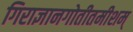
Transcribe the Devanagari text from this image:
गिराज्ञानगोतीतमीशम्